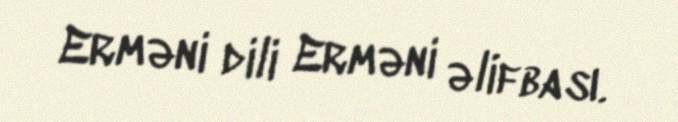
Erməni dili Erməni əlifbası.